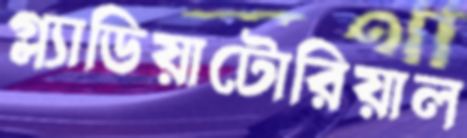
গ্ল্যাডিয়াটোরিয়াল